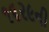
૧૬૨૯ની